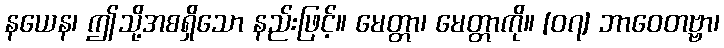
နယေန၊ ဤသို့အစရှိသော နည်းဖြင့်။ မေတ္တာ၊ မေတ္တာကို။ [၀၇] ဘာဝေတဗ္ဗာ၊